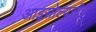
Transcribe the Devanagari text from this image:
आइसोल्यूसीन